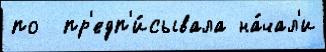
по  пр'едп'и́сывала на́чал'и